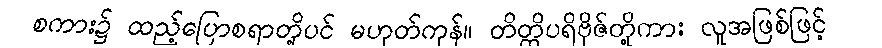
စကား၌ ထည့်ပြောစရာတို့ပင် မဟုတ်ကုန်။ တိတ္ထိပရိဗိုဇ်တို့ကား လူအဖြစ်ဖြင့်